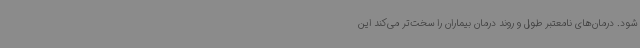
شود. درمان‌های نامعتبر طول و روند درمان بیماران را سخت‌تر می‌کند این